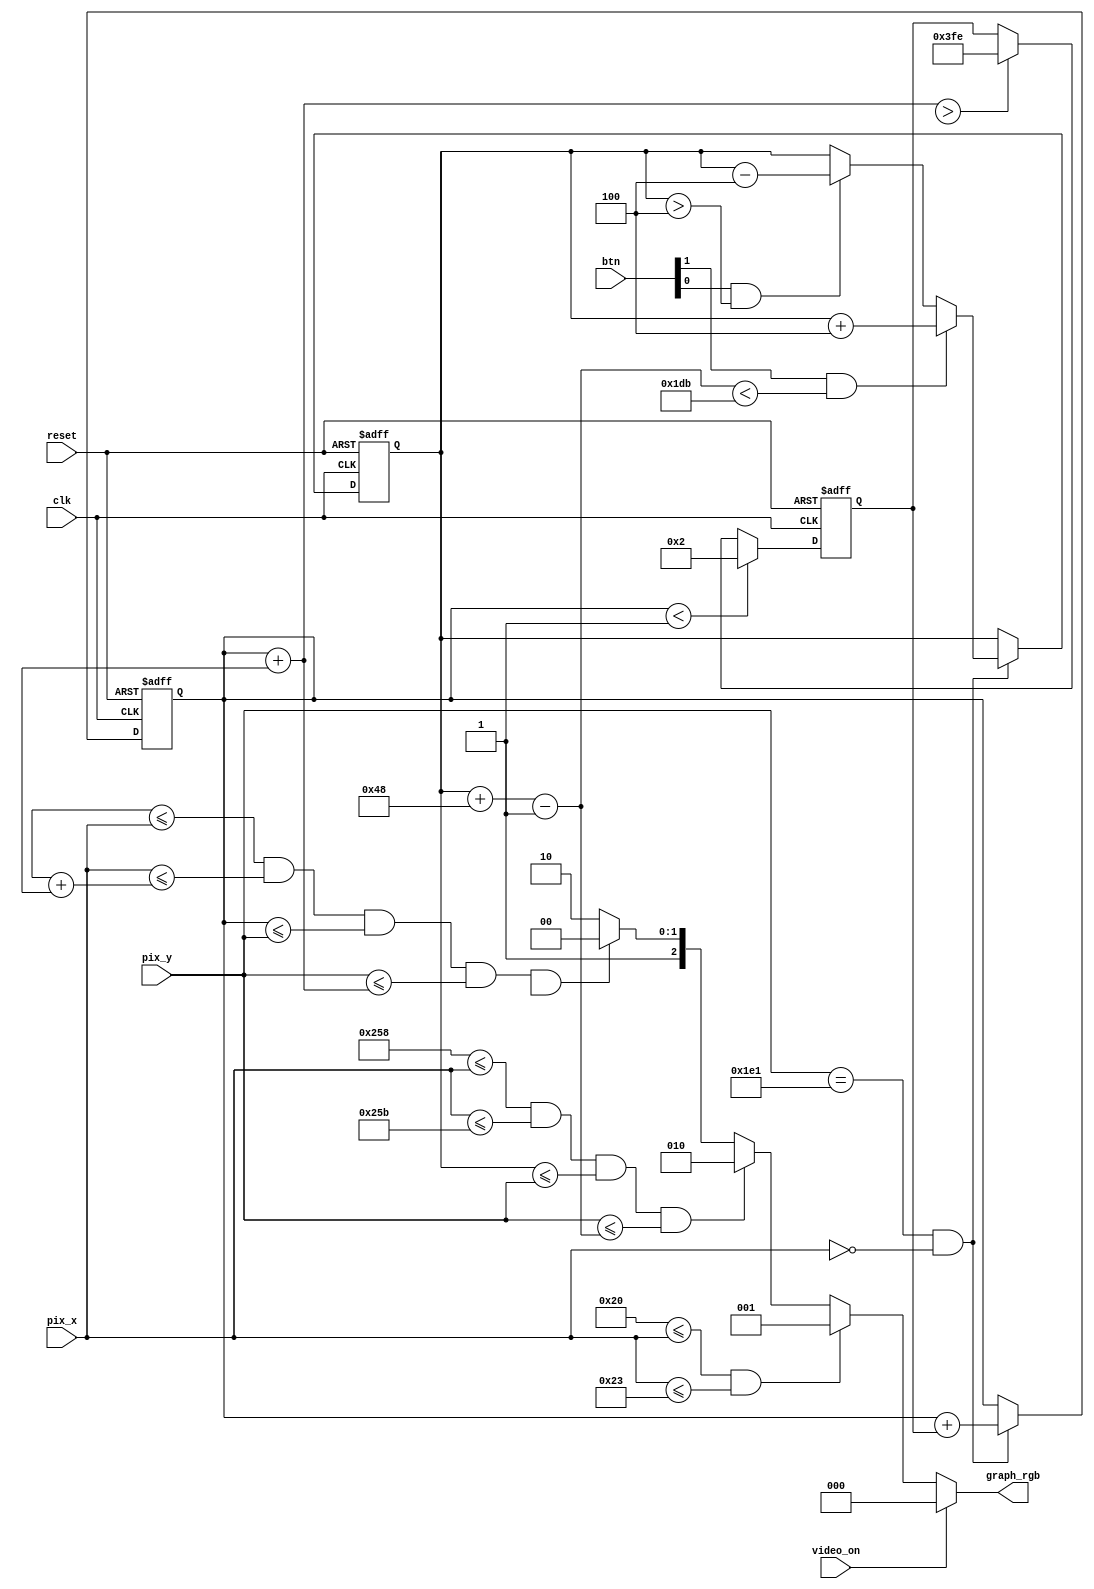
module animate(clk, reset, video_on, btn, pix_x, pix_y, graph_rgb);

input clk, reset;
input video_on;
input [1:0] btn;
input [9:0] pix_x , pix_y;
output reg [2:0] graph_rgb;

// c o n s t a n t and s i g n a l d e c l a r a t i o n
// x , y c o o r d i n a t e s (0,O) t o ( 6 3 9 , 4 7 9 )
localparam MAX_X = 640;
localparam MAX_Y = 480;
wire refr_tick;

// v e r t i c a l s t r i p e a s a w a l l

// w a l l l e f t , r i g h t boundary
localparam WALL_X_L = 32;
localparam WALL_X_R = 35;
// r i g h t v e r t i c a l bar

// bar l e f t , r i g h t boundary
localparam BAR_X_L = 600;
localparam BAR_X_R = 603;

// bar t o p , bottom boundary
wire [9:0] bar_y_t, bar_y_b;
localparam BAR_Y_SIZE = 72;

// reg i s t e r t o t r a c k t o p boundary ( x p o s i t i o n i s f i x e d )
reg [9:0] bar_y_reg, bar_y_next;

// bar moving v e l o c i t y when a b u t t o n i s p r e s s e d
localparam BAR_V = 4;

// square ball
localparam BALL_SIZE = 8;

// ball l e f t , r i g h t boundary
wire [9:0] ball_x_l, ball_x_r;

// ball t o p , bottom boundary
wire [9:0] ball_y_t, ball_y_b;

// reg t o t r a c k l e f t , t o p p o s i t i o n
reg [9:0] ball_x_reg, ball_y_reg ;
wire [9:0] ball_x_next, ball_y_next ;

// reg t o t r a c k ball speed
reg [9:0] x_delta_reg, x_delta_next;
reg [9:0] y_delta_reg, y_delta_next;

// ball v e l o c i t y can be pos or n e g )
localparam BALL_V_P = 2;
localparam BALL_V_N = -2;

// round ball
wire [2:0] rom_addr, rom_col;
reg [7:0] rom_data;
wire rom_bit;

// o b j e c t o u t p u t s i g n a l s
wire wall_on, bar_on, sq_ball_on, rd_ball_on;
wire [2:0] wall_rgb, bar_rgb, ball_rgb;

// round ball image ROM
always @ (*)
   
	case(rom_addr)
      3'h0: rom_data = 8'b00111100; //   ****
      3'h1: rom_data = 8'b01111110; //  ******
      3'h2: rom_data = 8'b11111111; // ********
      3'h3: rom_data = 8'b11111111; // ********
      3'h4: rom_data = 8'b11111111; // ********
      3'h5: rom_data = 8'b11111111; // ********
      3'h6: rom_data = 8'b01111110; //  ******
      3'h7: rom_data = 8'b00111100; //   ****
   endcase

// reg i s t e r s
always @( posedge clk, posedge reset )

   if(reset)
   begin
   
	   bar_y_reg <= 0;
      ball_x_reg <= 0;
      ball_y_reg <= 0;
      x_delta_reg <= 10'h004;
      y_delta_reg <= 10'h004;

   end

else
   begin
      
		bar_y_reg <= bar_y_next ;
      ball_x_reg <= ball_x_next ;
      ball_y_reg <= ball_y_next ;
      x_delta_reg <= x_delta_next ;
      y_delta_reg <= y_delta_next ;
   
	end

// refr_tick: I _ c l o c k t i c k a s s e r t e d a t s t a r t o f v_sync
// i.e. when t h e s c r e e n i s r e f r e s h e d ( 6 0 H z )
assign refr_tick = (pix_y==481) && (pix_x==0);

// (wall) l e f t v e r t i c a l s t r i p
// p i x e l w i t h i n w a l l
assign wall_on = (WALL_X_L <= pix_x) && ( pix_x <= WALL_X_R) ;

// w a l l rgb o u t p u t
assign wall_rgb = 3'b001; // blue

// r i g h t v e r t i c a l bar
// boundary
assign bar_y_t = bar_y_reg;
assign bar_y_b = bar_y_t + BAR_Y_SIZE - 1;

// p i x e l w i t h i n bar
assign bar_on = (BAR_X_L <= pix_x) && (pix_x <= BAR_X_R) &&
(bar_y_t <= pix_y) && ( pix_y <= bar_y_b) ;

// bar rgb o u t p u t
assign bar_rgb = 3'b010; // green

// new bar y _ p o s i t i o n
always @ (*)
begin

   bar_y_next = bar_y_reg; // no move

   if(refr_tick)
      if(btn[1] & ( bar_y_b < (MAX_Y - 1 - BAR_V)))
         bar_y_next = bar_y_reg + BAR_V; // move down
      else if (btn[0] & ( bar_y_t > BAR_V))
         bar_y_next = bar_y_reg - BAR_V; // move up

end

// square ball
// boundary
assign ball_x_l = ball_x_reg;
assign ball_y_t = ball_y_reg;
assign ball_x_r = ball_x_1 + BALL_SIZE_1;
assign ball_y_b = ball_y_t + BALL_SIZE_1;

// p i x e l w i t h i n ball
assign sq_ball_on = (ball_x_1 <= pix_x) && ( pix_x <= ball_x_r) && (ball_y_t <= pix_y) && ( pix_y <= ball_y_b);

// map c u r r e n t p i x e l l o c a t i o n t o ROM addr/col
assign rom_addr = pix_y [2:0] - ball_y_t [2:0];
assign rom_col = pix_x [2:0] - ball_x_1 [2:0];
assign rom_bit = rom_data [rom_col];

// p i x e l w i t h i n ball
assign rd_ball_on = sq_ball_on & rom_bit;

// ball rgb o u t p u t
assign ball_rgb = 3'b100; // r e d

// new ball p o s i t i o n
assign ball_x_next = (refr_tick) ? ball_x_reg + x_delta_reg : ball_x_reg ;
assign ball_y_next = (refr_tick) ? ball_y_reg + y_delta_reg : ball_y_reg ;

// new ball v e l o c i t y
always @ (*)
begin

   y_delta_next = y_delta_reg;

   if(ball_y_t < 1) // reach t o p
      y_delta_next = BALL_V_P;
   else if(ball_y_b > (MAX_Y_1)) // reach bottom
      y_delta_next = BALL_V_N;
   else if (ball_x_1 <= WALL_X_R) // reach w a l l
      x_delta_next = BALL_V_P; // bounce back
   else if ( (BAR_X_L <=ball_x_r ) && (ball_x_r <=BAR_X_R) &&
      (bar_y_t <=ball_y_b) && (ball_y_t <=bar_y_b))

   // reach x o f r i g h t bar and h i t , ball bounce back
   x_delta_next = BALL_V_N;

end

// rgb m u l t i p l e x i n g c i r c u i t
always @ (*)

   if(video_on)
      graph_rgb = 3'b000; // blank
   else if(wall_on)
      graph_rgb = wall_rgb ;
   else if(bar_on)
      graph_rgb = bar_rgb ;
   else if(rd_ball_on)
      graph_rgb = ball_rgb ;
   else
      graph_rgb = 3'b110; // y e l l o w background

endmodule